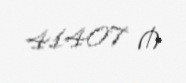
41407 ₼